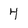
Character: 4